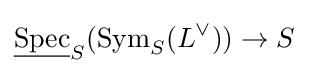
{\underline {\text{Spec}}}_{S}({\text{Sym}}_{S}(L^{\vee }))\to S